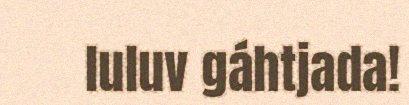
luluv gáhtjada!